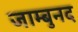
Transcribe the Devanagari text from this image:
जाम्बुनद